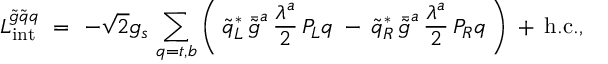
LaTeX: { \cal L } _ { \mathrm { i n t } } ^ { \tilde { g } \tilde { q } q } \ = \ - \sqrt { 2 } g _ { s } \, \sum _ { q = t , b } \bigg ( \: \tilde { q } _ { L } ^ { * } \, \bar { \tilde { g } } ^ { a } \, \frac { \lambda ^ { a } } { 2 } \, P _ { L } q \: - \: \tilde { q } _ { R } ^ { * } \, \bar { \tilde { g } } ^ { a } \, \frac { \lambda ^ { a } } { 2 } \, P _ { R } q \: \bigg ) \: + \: \mathrm { h . c . } ,